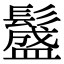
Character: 𩯎